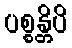
ပစ္စန္တိပိ